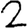
Digit: 2